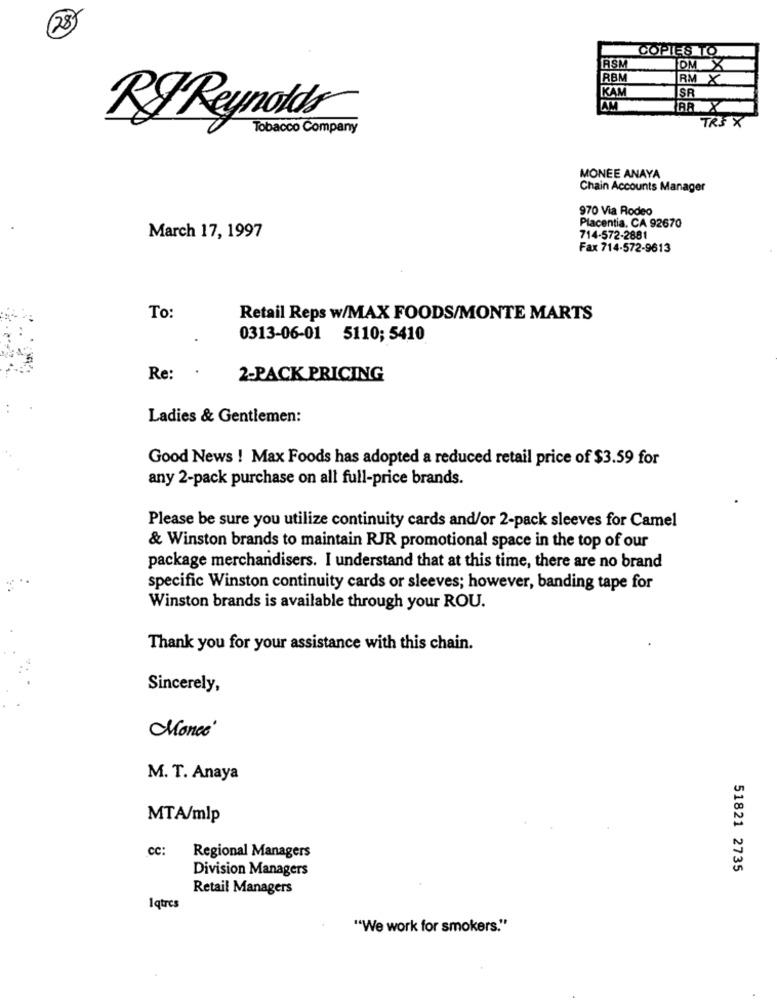
COPIES TO
LASM
IDM X
RBM
RM X
IKAM
SR
TAM
BA X
TR3 X
RF Reynolds
Tobacco Company
MONEE ANAYA
Chain Accounts Manager
970 Via Rodeo
Placentia, CA 92670
March 17, 1997
714-572-2881
Fax 714-572-9613
To:
Retail Reps w/MAX FOODS/MONTE MARTS
0313-06-01 5110; 5410
Re:
2-PACK PRICING
Ladies & Gentlemen:
Good News ! Max Foods has adopted a reduced retail price of $3.59 for
any 2-pack purchase on all full-price brands.
Please be sure you utilize continuity cards and/or 2-pack sleeves for Camel
& Winston brands to maintain RJR promotional space in the top of our
package merchandisers. I understand that at this time, there are no brand
specific Winston continuity cards or sleeves; however, banding tape for
Winston brands is available through your ROU.
Thank you for your assistance with this chain.
Sincerely,
Mones'
M. T. Anaya
MTA/mlp
cc:
Regional Managers
Division Managers
51821 2735
Retail Managers
Iqtres
"We work for smokers."